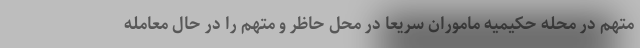
متهم در محله حکیمیه ماموران سریعا در محل حاظر و متهم را در حال معامله